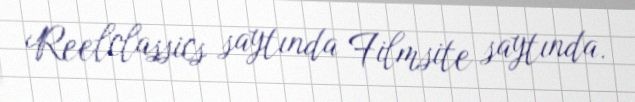
Reelclassics saytında Filmsite saytında.